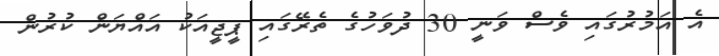
އެ އަމުރުގައި ވެސް ވަނީ 30 ދުވަހުގެ ތެރޭގައި ޕީޖީއަކު އައްޔަން ކުރުން